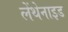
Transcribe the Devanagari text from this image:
लेंथेनाइड